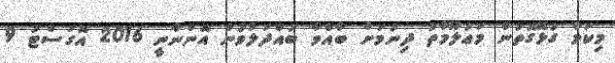
މިކަމާ ގުޅޭގޮތުން މަޢުލޫމާތު ދިނުމަށް ބާއްވާ ބައްދަލުވުން އޮންނާނީ 2016 އޮގަސްޓު 9